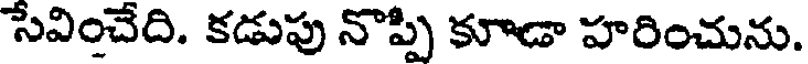
సేవించేది. కడుపు నొప్పి కూడా హరించును.